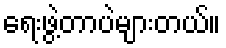
ရေးဖွဲ့တာပဲများတယ်။